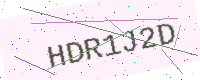
Text: HDR1J2D